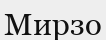
Мирзо